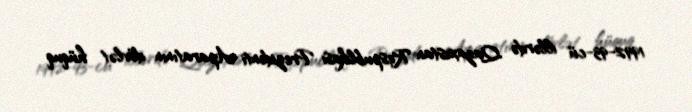
1992-93-cü illərdə Qazaxıstan Respublikası Prezidenti Aparatının dövlət hüquq